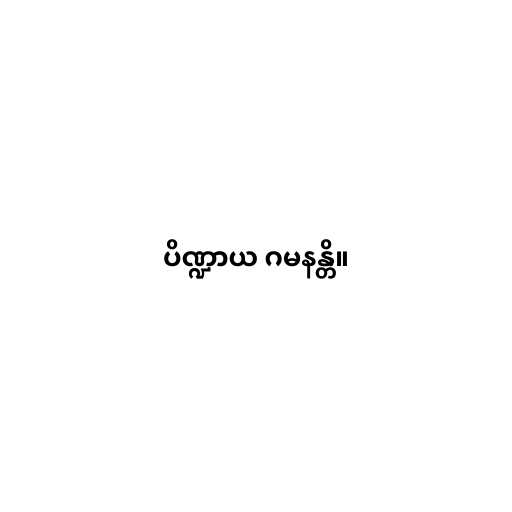
ပိဏ္ဍာယ ဂမနန္တိ။